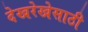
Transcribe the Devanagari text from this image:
देखरेखेसाठी